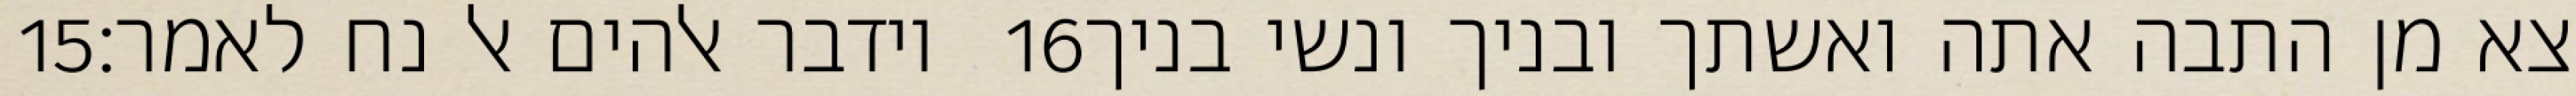
‎15‏ וידבר אלהים אל נח לאמר׃ ‎16‏ צא מן התבה אתה ואשתך ובניך ונשי בניך